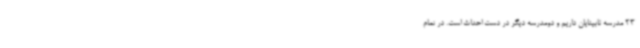
23 مدرسه نابینایان داریم و دومدرسه دیگر در دست احداث است. در تمام